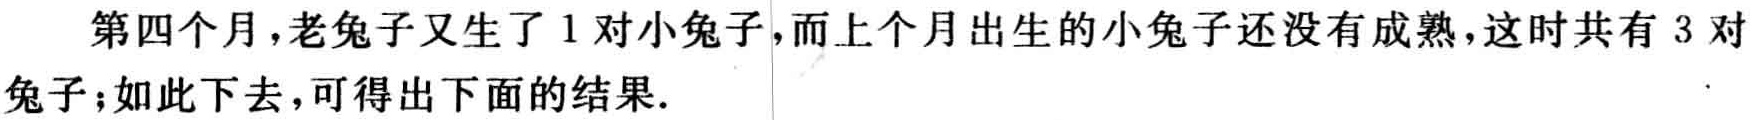
第四个月，老兔子又生了 1 对小兔子，而上个月出生的小兔子还没有成熟，这时共有 3 对兔子；如此下去，可得出下面的结果.